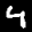
Label: 4